Source: Handwritten
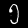
Digit: ၅ (5)